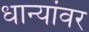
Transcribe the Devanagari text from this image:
धान्यांवर